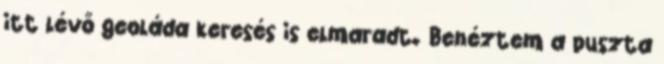
itt lévő geoláda keresés is elmaradt. Benéztem a puszta